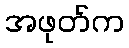
အဖုတ်က